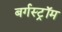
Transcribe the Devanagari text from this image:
बर्गस्ट्रॉम